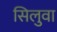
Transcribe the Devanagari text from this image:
सिलुवा